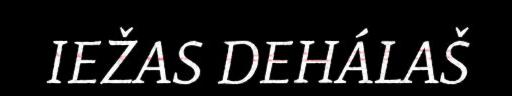
IEŽAS DEHÁLAŠ